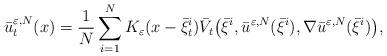
LaTeX: \begin{align*}\bar{u}^{\varepsilon,N}_{t}(x)=\frac{1}{N}\sum_{i=1}^N K_{\varepsilon}(x-\bar \xi^{i}_{t}) \bar{V}_t\big (\bar{\xi}^{i},\bar{u}^{\varepsilon,N}(\bar{\xi}^{i}),\nabla \bar u^{\varepsilon,N}(\bar{\xi}^{i}) \big ) ,\end{align*}